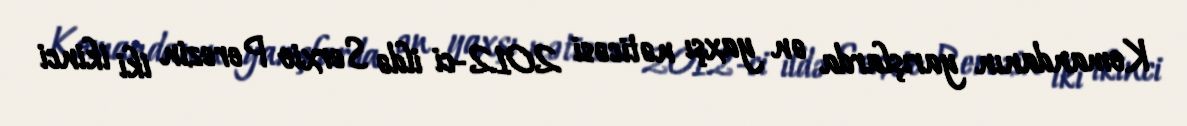
Komandanın yarışlarda ən yaxşı nəticəsi 2012-ci ildə Serxio Perezin iki ikinci